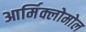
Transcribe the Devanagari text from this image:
आर्मिक्लोमोल